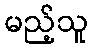
မည့်သူ